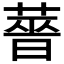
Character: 𬝶